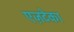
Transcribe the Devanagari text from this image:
एज़टेका